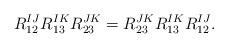
LaTeX: \begin{align*}R_{12}^{IJ} R_{13}^{IK} R_{23}^{JK}=R_{23}^{JK} R_{13}^{IK} R_{12}^{IJ}. \end{align*}